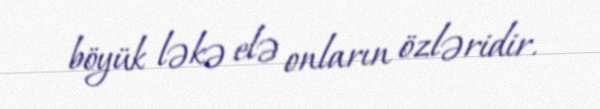
böyük ləkə elə onların özləridir.